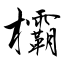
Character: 欛